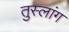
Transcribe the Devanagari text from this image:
तुस्‍लांग